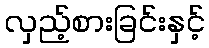
လှည့်စားခြင်းနှင့်